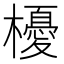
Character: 櫌